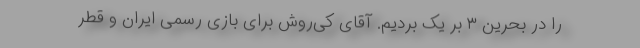
را در بحرین ۳ بر یک بردیم. آقای کی‌روش برای بازی رسمی ایران و قطر